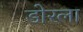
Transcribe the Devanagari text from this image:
डोरला